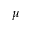
\mu